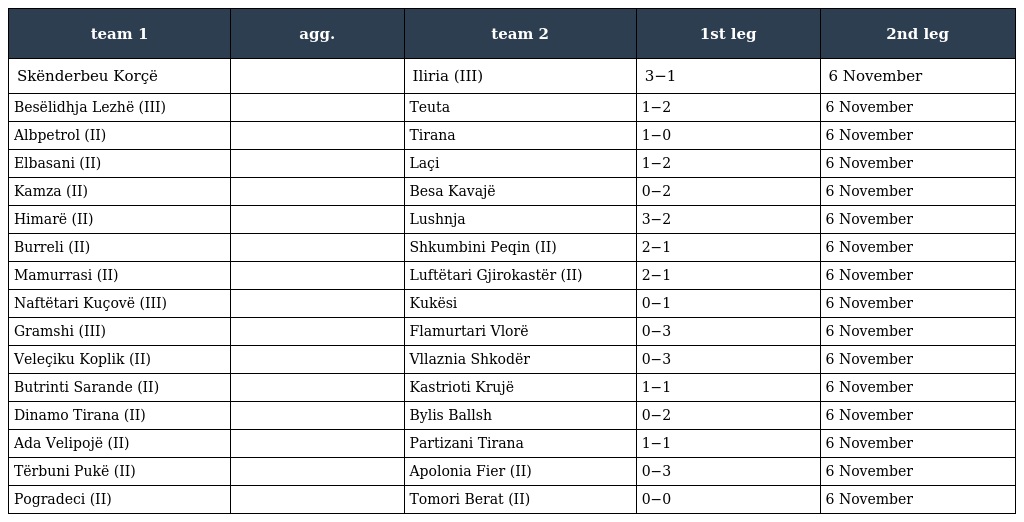
| team 1 | agg. | team 2 | 1st leg | 2nd leg |
 | --- | --- | --- | --- | --- |
 | Skënderbeu Korçë |  | Iliria (III) | 3−1 | 6 November |
 | Besëlidhja Lezhë (III) |  | Teuta | 1−2 | 6 November |
 | Albpetrol (II) |  | Tirana | 1−0 | 6 November |
 | Elbasani (II) |  | Laçi | 1−2 | 6 November |
 | Kamza (II) |  | Besa Kavajë | 0−2 | 6 November |
 | Himarë (II) |  | Lushnja | 3−2 | 6 November |
 | Burreli (II) |  | Shkumbini Peqin (II) | 2−1 | 6 November |
 | Mamurrasi (II) |  | Luftëtari Gjirokastër (II) | 2−1 | 6 November |
 | Naftëtari Kuçovë (III) |  | Kukësi | 0−1 | 6 November |
 | Gramshi (III) |  | Flamurtari Vlorë | 0−3 | 6 November |
 | Veleçiku Koplik (II) |  | Vllaznia Shkodër | 0−3 | 6 November |
 | Butrinti Sarande (II) |  | Kastrioti Krujë | 1−1 | 6 November |
 | Dinamo Tirana (II) |  | Bylis Ballsh | 0−2 | 6 November |
 | Ada Velipojë (II) |  | Partizani Tirana | 1−1 | 6 November |
 | Tërbuni Pukë (II) |  | Apolonia Fier (II) | 0−3 | 6 November |
 | Pogradeci (II) |  | Tomori Berat (II) | 0−0 | 6 November |